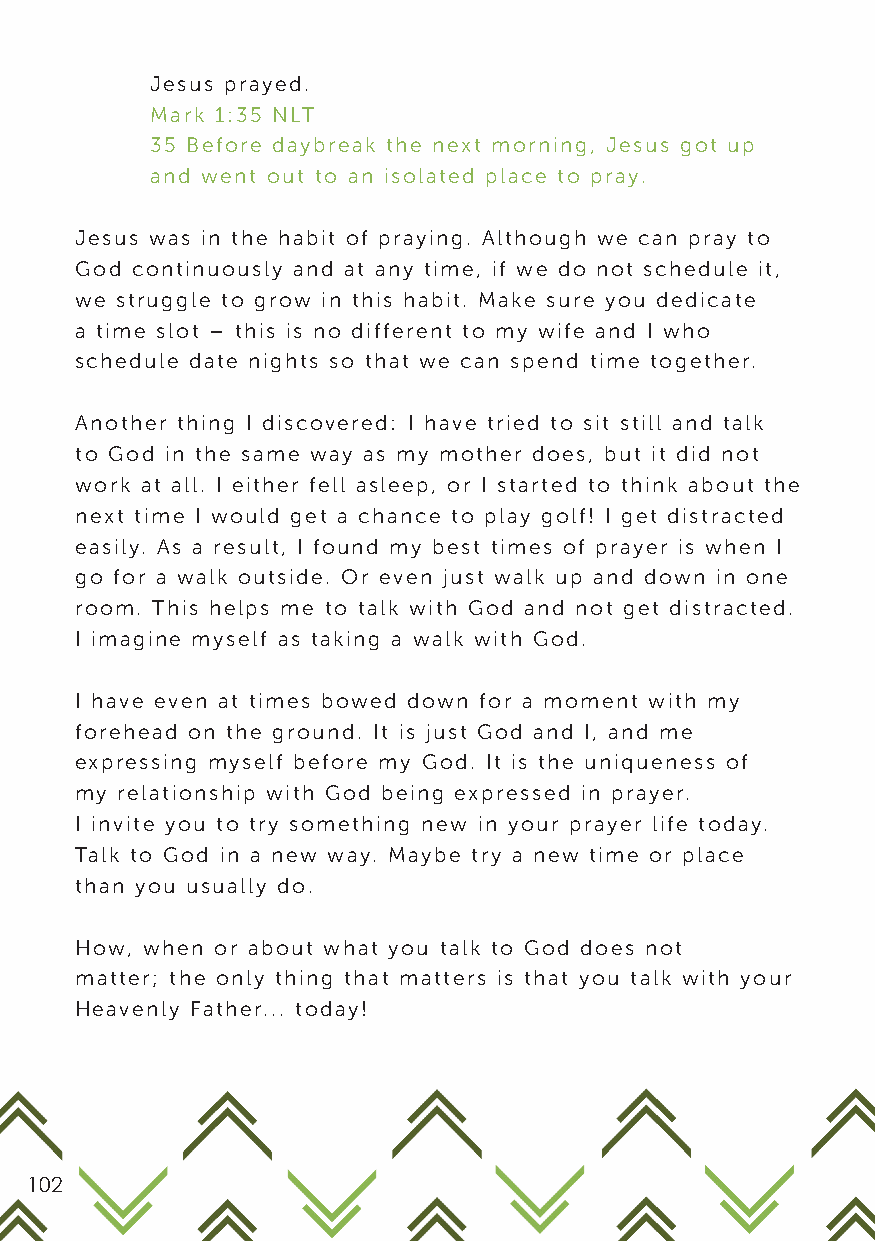
Jesus prayed.
 Mark 1:35 NLT
 35 Before daybreak the next morning, Jesus got up
 and went out to an isolated place to pray.
 Jesus was in the habit of praying. Although we can pray to
 God continuously and at any time, if we do not schedule it,
 we struggle to grow in this habit. Make sure you dedicate
 a time slot – this is no different to my wife and I who
 schedule date nights so that we can spend time together.
 Another thing I discovered: I have tried to sit still and talk
 to God in the same way as my mother does, but it did not
 work at all. I either fell asleep, or I started to think about the
 next time I would get a chance to play golf! I get distracted
 easily. As a result, I found my best times of prayer is when I
 go for a walk outside. Or even just walk up and down in one
 room. This helps me to talk with God and not get distracted.
 I imagine myself as taking a walk with God.
 I have even at times bowed down for a moment with my
 forehead on the ground. It is just God and I, and me
 expressing myself before my God. It is the uniqueness of
 my relationship with God being expressed in prayer.
 I invite you to try something new in your prayer life today.
 Talk to God in a new way. Maybe try a new time or place
 than you usually do.
 How, when or about what you talk to God does not
 matter; the only thing that matters is that you talk with your
 Heavenly Father... today!
 102